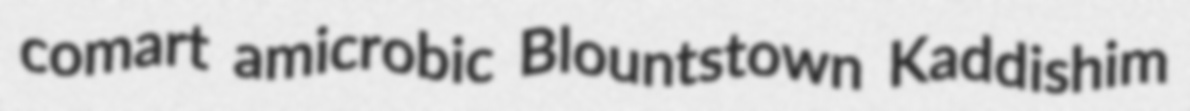
comart amicrobic Blountstown Kaddishim